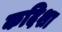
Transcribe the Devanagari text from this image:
कदिशा